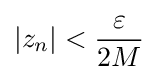
\left|z_{n}\right|<{\frac {\varepsilon }{2M}}